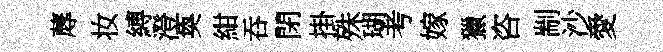
蓐妆縛澄奐紺吞閉掛殊瑚考嫁獵咨剬沙愛